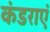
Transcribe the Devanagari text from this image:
कंडराएं